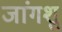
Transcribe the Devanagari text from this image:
जांगशु